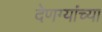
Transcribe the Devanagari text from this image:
देणग्यांच्या